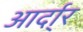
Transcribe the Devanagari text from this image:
आर्दा्र